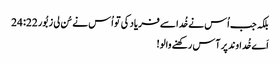
بلکہ جب اُس نے خُدا سے فریاد کی تو اُس نے سُن لی زبُور 22: 24
اَے خُداوند پر آس رکھنے والو!